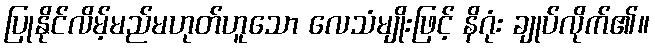
ပြုနိုင်လိမ့်မည်မဟုတ်ဟူသော လေသံမျိုးဖြင့် နိဂုံး ချုပ်လိုက်၏။